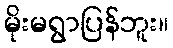
မိုးမရွာပြန်ဘူး။